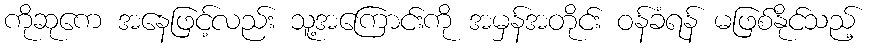
ကိုဆုကေ အနေဖြင့်လည်း သူ့အကြောင်းကို အမှန်အတိုင်း ဝန်ခံရန် မဖြစ်နိုင်သည့်